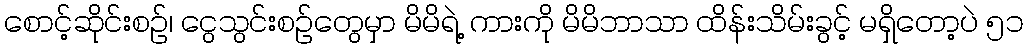
စောင့်ဆိုင်းစဉ်၊ ငွေသွင်းစဉ်တွေမှာ မိမိရဲ့ ကားကို မိမိဘာသာ ထိန်းသိမ်းခွင့် မရှိတော့ပဲ ၅၁